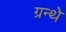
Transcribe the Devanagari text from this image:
ग्रन्थे